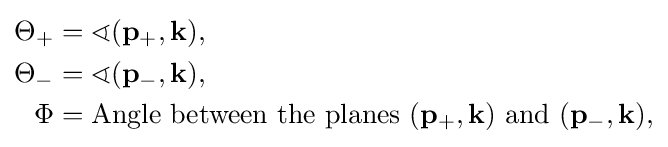
{\begin{aligned}\Theta _{+}&=\sphericalangle (\mathbf {p} _{+},\mathbf {k} ),\\\Theta _{-}&=\sphericalangle (\mathbf {p} _{-},\mathbf {k} ),\\\Phi &={\text{Angle between the planes }}(\mathbf {p} _{+},\mathbf {k} ){\text{ and }}(\mathbf {p} _{-},\mathbf {k} ),\end{aligned}}